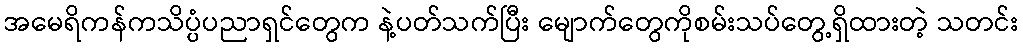
အမေရိကန်ကသိပ္ပံပညာရှင်တွေက နဲ့ပတ်သက်ပြီး မျောက်တွေကိုစမ်းသပ်တွေ့ရှိထားတဲ့ သတင်း